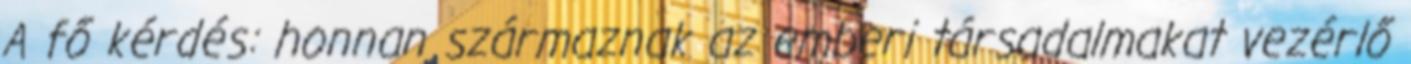
A fő kérdés: honnan származnak az emberi társadalmakat vezérlő